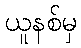
ယူနစ်မှ